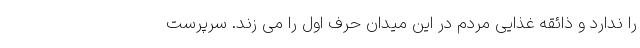
را ندارد و ذائقه غذایی مردم در این میدان حرف اول را می زند. سرپرست